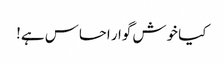
کیا خوش گوار احساس ہے!